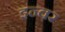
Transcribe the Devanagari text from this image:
इन्वर